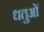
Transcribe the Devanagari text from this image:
धतुओं